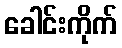
ခေါင်းကိုက်